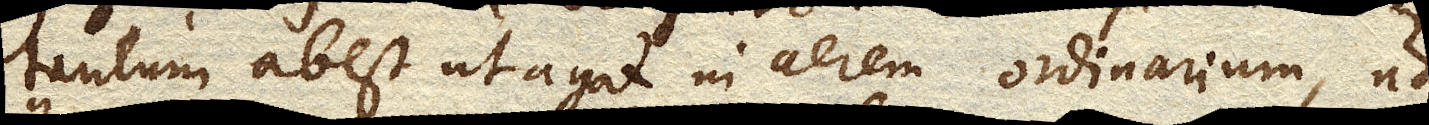
tantum abest ut agat in aerem ordinarium, ut